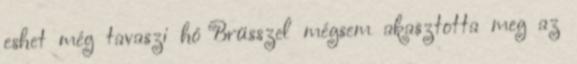
eshet még tavaszi hó Brüsszel mégsem akasztotta meg az